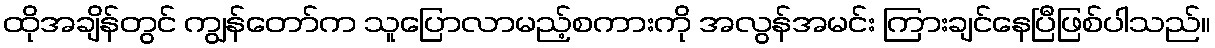
ထိုအချိန်တွင် ကျွန်တော်က သူပြောလာမည့်စကားကို အလွန်အမင်း ကြားချင်နေပြီဖြစ်ပါသည်။